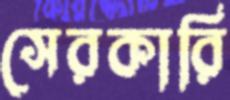
সেরকারি